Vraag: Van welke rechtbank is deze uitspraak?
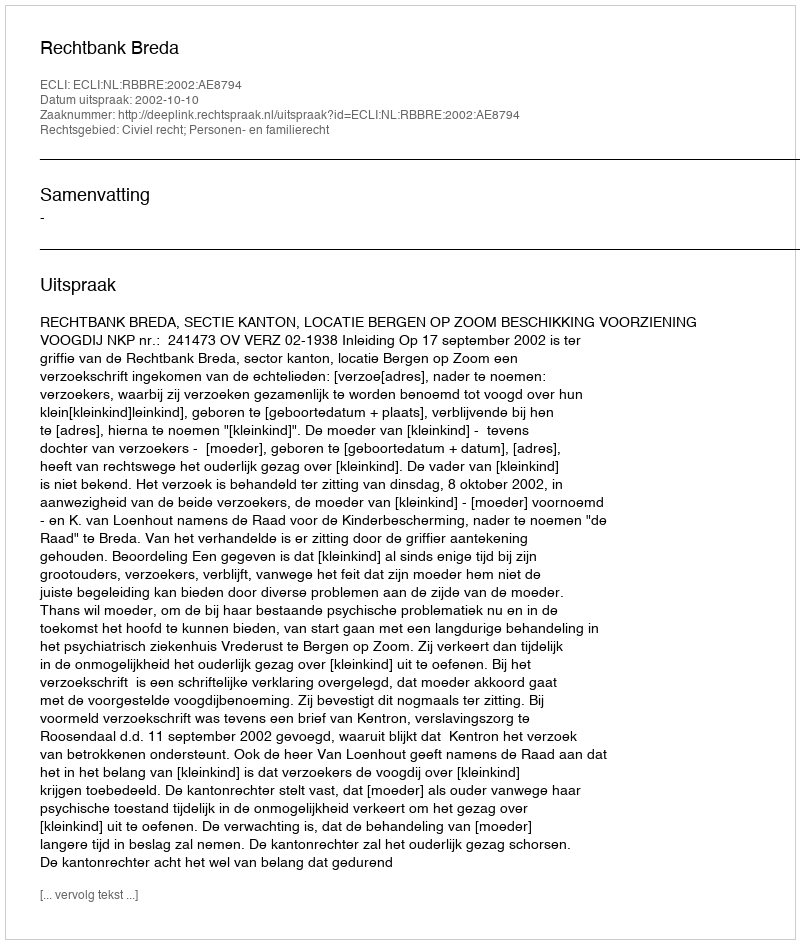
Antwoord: Rechtbank Breda